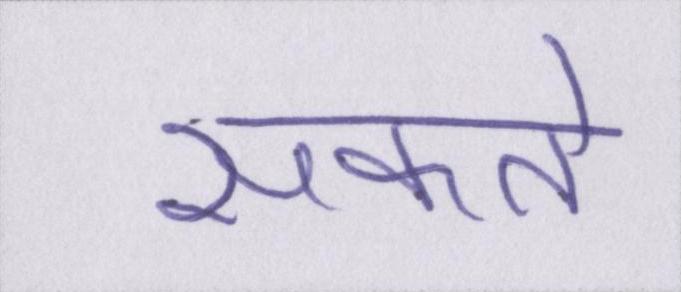
सकते